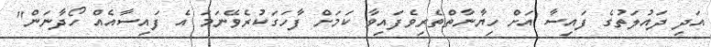
އަދި ދައުލަތުގެ ފައިސާ އަށް ހިޔާނާތްތެރިވެފައިވާ ކަމަށް ފާހަގަކުރެވޭނަމަ އެ ފައިސާއެއް ހޯދާނަން"